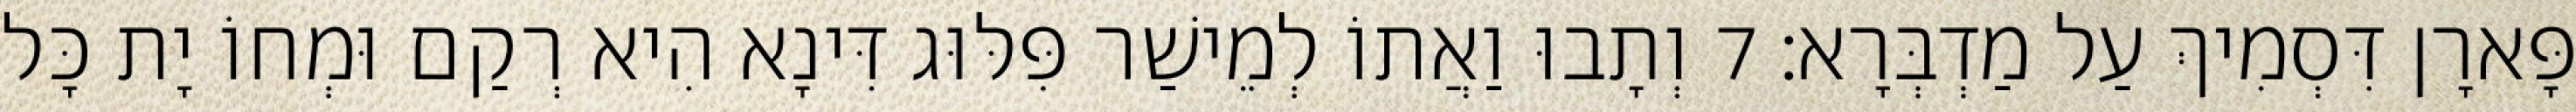
פָּארָן דִּסְמִיךְ עַל מַדְבְּרָא׃ 7 וְתָבוּ וַאֲתוֹ לְמֵישַׁר פִּלּוּג דִּינָא הִיא רְקַם וּמְחוֹ יָת כָּל